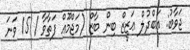
ޖަވާބު: ޢަބްދުލް ޢަޒީޒް ބިން ބާޒް (މަޖްމޫޢް ފަތާވާ / 15 ވަނަ